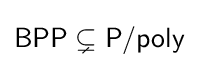
{\mathsf {BPP}}\subsetneq {\mathsf {P/poly}}